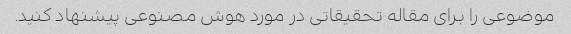
موضوعی را برای مقاله تحقیقاتی در مورد هوش مصنوعی پیشنهاد کنید.